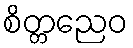
စိတ္တညေဝ